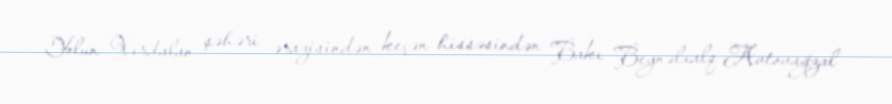
Yolun Xırdalan şəhəri ərazisindən keçən hissəsindən Bakı Beynəlxalq Avtovağzal